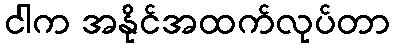
ငါက အနိုင်အထက်လုပ်တာ